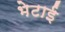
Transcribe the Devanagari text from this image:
भेटाई